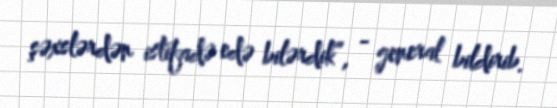
şəxslərdən istifadə edə bilərdik”, - general bildirib.